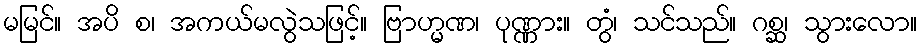
မမြင်။ အပိ စ၊ အကယ်မလွဲသဖြင့်။ ဗြာဟ္မဏ၊ ပုဏ္ဏား။ တွံ၊ သင်သည်။ ဂစ္ဆ၊ သွားလော။